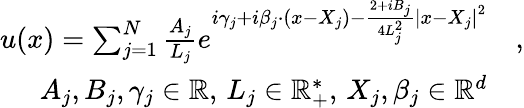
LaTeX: \begin{array}{rl}{u(x)=\sum_{j=1}^{N}\frac{A_{j}}{L_{j}}e^{i\gamma_{j}+i\beta_{j}\cdot(x-X_{j})-\frac{2+iB_{j}}{4L_{j}^{2}}\left|x-X_{j}\right|^{2}}}&{,}\\ {A_{j},B_{j},\gamma_{j}\in\mathbb{R},\, L_{j}\in\mathbb{R}_{+}^{*},\, X_{j},\beta_{j}\in\mathbb{R}^{d}}&{}\end{array}